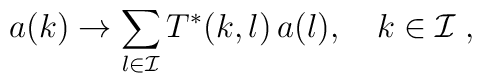
a(k) \to\sum\limits_{l \in {\cal I}}T^{*}(k,l)\,a(l),\quad k \in {\cal I}\;,